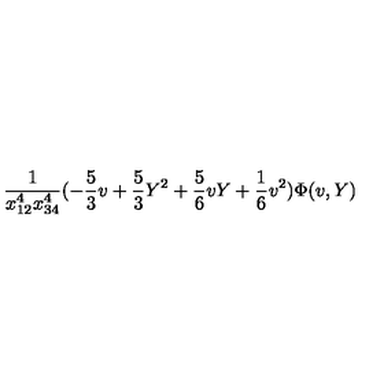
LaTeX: \frac { 1 } { x _ { 1 2 } ^ { 4 } x _ { 3 4 } ^ { 4 } } ( - \frac { 5 } { 3 } v + \frac { 5 } { 3 } Y ^ { 2 } + \frac { 5 } { 6 } v Y + \frac { 1 } { 6 } v ^ { 2 } ) \Phi ( v , Y )